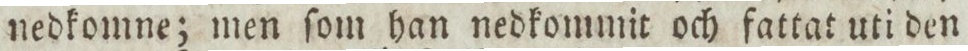
nedkomne; men ſom han nedkommit och fattat uti den